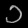
Digit: ၁